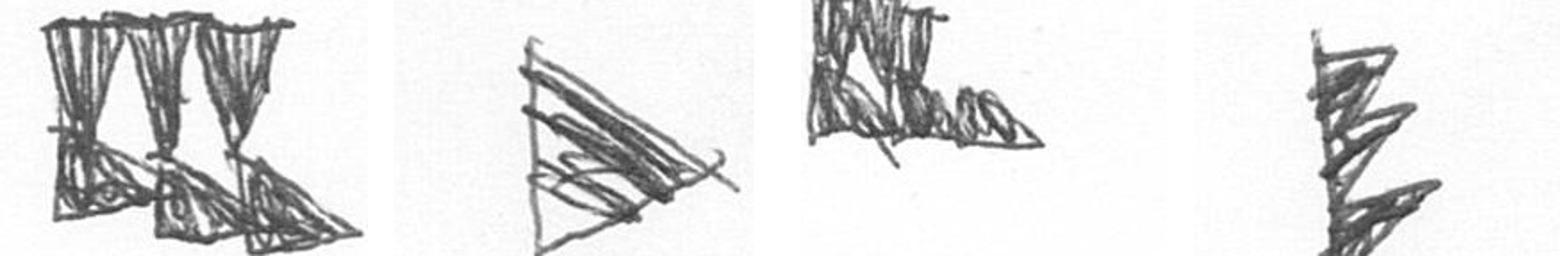
D T D H